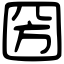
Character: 圀